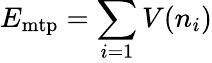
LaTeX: E_{\mathrm{mtp}}=\sum_{i=1}V(n_{i})